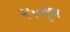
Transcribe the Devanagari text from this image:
२५०हून